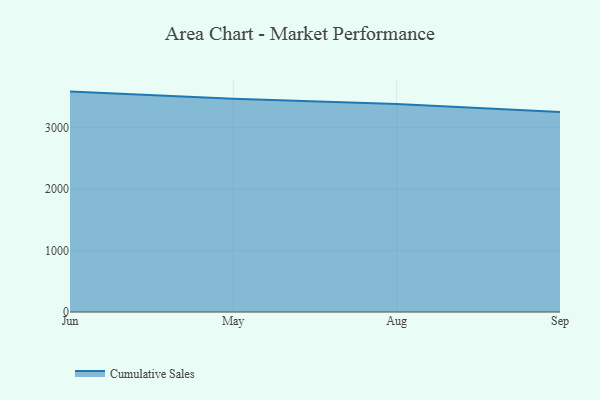
{"axis": {"x": "Month", "y": "Humidity (%)"}, "legend": ["Cumulative Sales"], "data": [{"x": "Jun", "y": 3590.7, "type": "Cumulative Sales"}, {"x": "May", "y": 3472.7, "type": "Cumulative Sales"}, {"x": "Aug", "y": 3390.2, "type": "Cumulative Sales"}, {"x": "Sep", "y": 3257.1, "type": "Cumulative Sales"}]}